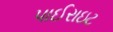
પાઈરાઇટ